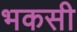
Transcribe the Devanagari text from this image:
भकसी